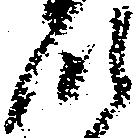
つ